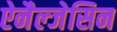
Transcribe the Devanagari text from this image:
ऐनैल्जेसिन